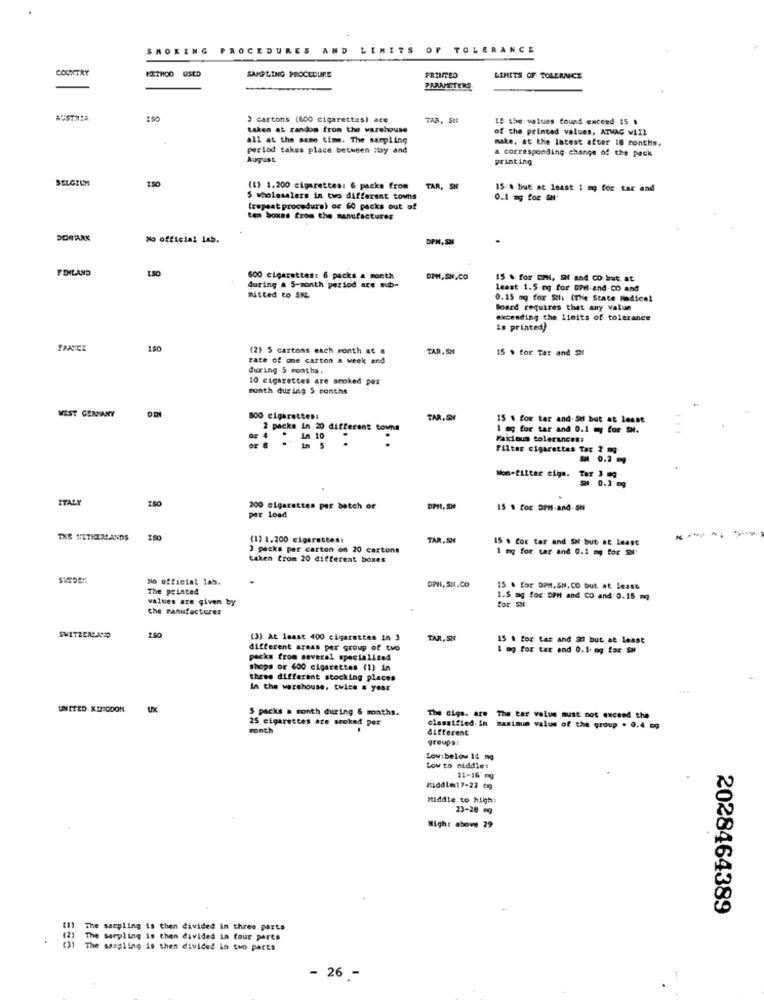
SMOKING PROCEDURES AND LIMITS OF TOLERANCE
COUNTRY
FITHOO USED
PRINTED
SAMPLING PROCEDURE
LIMITS OF TOLERNCE
PARAPETERS
AUSTRIA
3 cartons (600 cigarettes) ace
TAR, SUR
19 the values found exceed 15 1
taken at randos from the warehouse
of the printed values, ATMAG wiIL
all at the same time. The sampling
make, at the latest after 18 conthis.
perlod takes place between ity and
a corresponding change of the pack
August
printing
BELGIUM
1.50
(1) 1.200 cigarettes: 6 packs from TAR, SH
15 .. but at least 1 eg for tar and
S wholesalers in two different towns
0.1 mg foz SH'
(repeat procedura) or 60 packs out of
tem boxes from the manufacturer
DOMARK
No official lab.
DPM, S2
FINLAND
600 cigarettes: 6 packs a month
DPH,SN.CO
15 . for DPH, SN and co but at
during a 5-month period are sub-
least 1.5 mg for OPMiand CO and
mitted to SRL
0.15 mg for Sli (The State Medical
Board requires that any value
exceeding the limits of tolerance
is printed)
FRANCE
150
(2) 5 cartons each month ac a
TAR, SHE
15 % for Tar and St
rate of one carton a week end
during 5 months,
10 cigarettes are anoked per
month during 5 months
WEST GERMANY
800 cigarettes:
TAR, SN
15 .. for tar and.Se but at least
az 4
2 packs in 20 different towns
1mg for tar and 0.1 mg for SH.
# 1
in 10
Faxious tolerances:
In 5
Filter cigarettes Tar 2 mg
. 0.2 g
Mon-filter cigs. Tar 3 mg
ITAL
200 cigarettes per batch of
DPIL, SH
15 $ for DPH-and-SN
per load
THE NETHERLANDS
(1) 1.200 cigarettes:
TAR, SN
15 . for tar and SH but at least
3 packs per carton on 20 cartons
1 hg for tar and 0.1 mg for SM
taken from 20 different boxes
No official lab.
The printed
DPH, SH.CO
IS . for DPH. SN. CO but. at Least
values are given by
1.5 mg for DPH and CO and 0.15 mg
for SN:
the manufacturer
SWITZERLAND
150
(3) At least 400 cigarettes in 3
TAR, SN
15 . for tas and 1 but at least
different areas per group of two
1 mg for tar and 0.1 mg for Su
packs from several specialised
shops OF 600 cigarettes (1) in
three different stocking places
In the warehouse, twice a year
UNITED KINGDOM
Ux
S packs a month during 6 months.
25 cigarettes are smoked per
The Ciqs. are The tar value must not exceed the
ronth
classified-in maximum value of the group . 0.4 og
different
groups!
Lowibelow 14 mg
Low to niddles
11-16 mg
riddle17-22 6g
Middle to high:
23-28 mg
High: above 29
2028464389
The sampling is then divided in three parts
The Sarpling is then divided in four parts
The sampling is then divided in two parts
- 26 -
1
..